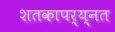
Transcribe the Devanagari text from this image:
शतकापर्य्नत